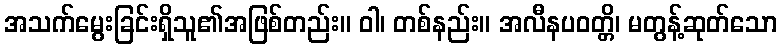
အသက်မွေးခြင်းရှိသူ၏အဖြစ်တည်း။ ဝါ၊ တစ်နည်း။ အလီနပဝတ္တိ၊ မတွန့်ဆုတ်သော